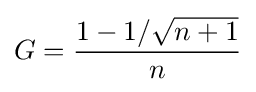
G={\frac {1-1/{\sqrt {n+1}}}{n}}